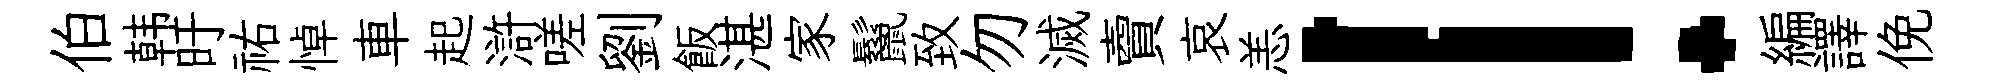
伯韩旴祐悼車起滸嗟劉飯湛家鬣致勿滅𧶠哀恙！編譯俛